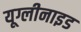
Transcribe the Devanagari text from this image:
यूग्लीनाइड